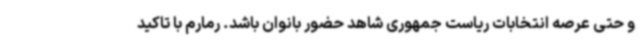
و حتی عرصه انتخابات ریاست جمهوری شاهد حضور بانوان باشد. رمارم با تاکید